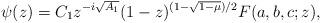
LaTeX: \begin{align*}\psi(z) = C_1 z^{-i \sqrt{A_1}} (1 -z)^{(1 - \sqrt{1-\mu})/2} F(a,b,c;z),\end{align*}